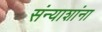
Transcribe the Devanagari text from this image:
संन्याशांना